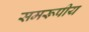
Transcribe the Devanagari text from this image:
समरूपीय